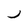
Character: j